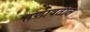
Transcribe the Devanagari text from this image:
तणावतील